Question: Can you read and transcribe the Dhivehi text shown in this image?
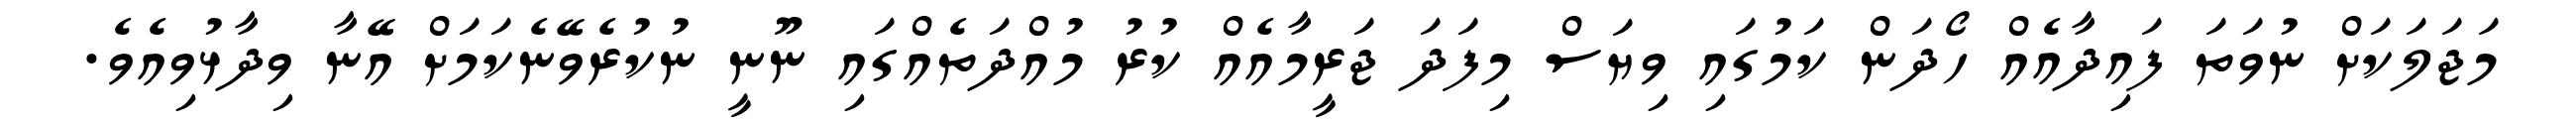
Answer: މަޖަލަކަށް ނުވަތަ ފައިދާއެއް ހޯދަން ކަމުގައި ވިޔަސް މިފަދަ ޖަރީމާއެއް ކުރު މުއްދަތެއްގައި ނޫނީ ނުކުރެވޭނެކަމަށް އޭނާ ވިދާޅުވިއެވެ.